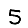
Digit: 5